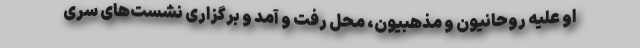
او علیه روحانیون و مذهبیون، محل رفت و آمد و برگزاری نشست‌های سرّی